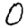
Digit: 0